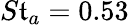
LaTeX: S\mathfrak{t}_{a}=0.53